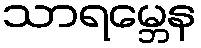
သာရမ္ဘေန